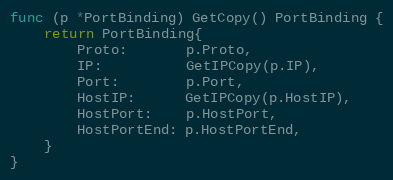
Language: Go
func (p *PortBinding) GetCopy() PortBinding {
	return PortBinding{
		Proto:       p.Proto,
		IP:          GetIPCopy(p.IP),
		Port:        p.Port,
		HostIP:      GetIPCopy(p.HostIP),
		HostPort:    p.HostPort,
		HostPortEnd: p.HostPortEnd,
	}
}